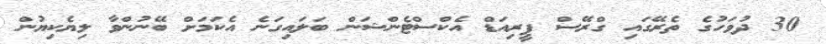
30 ދުވަހުގެ ތެރޭގައި ގްރޭސް ޕީރިއަޑް އެކްސްޓެންޝަން ބަލައިގަނެ އެކަމަށް ބޭނުންވާ ލިޔެކިޔުން